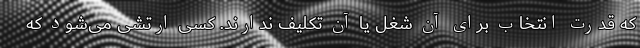
که قدرت انتخاب برای آن شغل یا آن تکلیف ندارند. کسی ارتشی می‌شود که